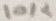
Text: 10K